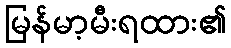
မြန်မာ့မီးရထား၏